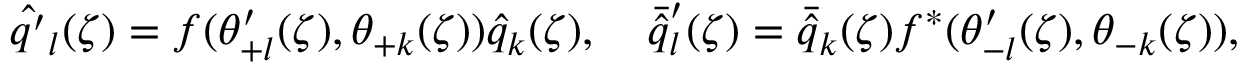
{ \hat { q ^ { \prime } } } _ { l } ( \zeta ) = f ( \theta _ { + l } ^ { \prime } ( \zeta ) , \theta _ { + k } ( \zeta ) ) { \hat { q } } _ { k } ( \zeta ) , \quad { \bar { \hat { q } } } _ { l } ^ { \prime } ( \zeta ) = { \bar { \hat { q } } } _ { k } ( \zeta ) f ^ { * } ( \theta _ { - l } ^ { \prime } ( \zeta ) , \theta _ { - k } ( \zeta ) ) ,